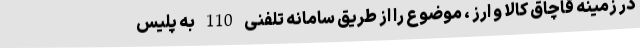
در زمینه قاچاق کالا و ارز ، موضوع را از طریق سامانه تلفنی 110 به پلیس